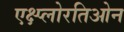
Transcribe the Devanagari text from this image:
एक्ष्प्लोरतिओन